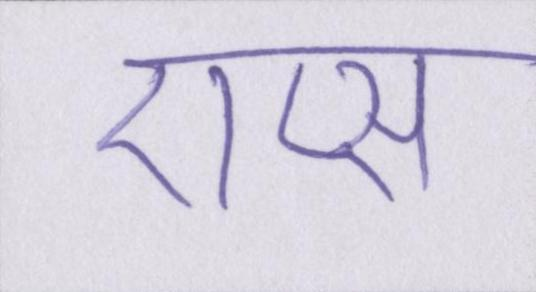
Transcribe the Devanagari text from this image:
ऐप्स